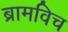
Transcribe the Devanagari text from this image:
ब्रामविच